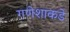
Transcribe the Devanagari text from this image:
गणेशाकडे